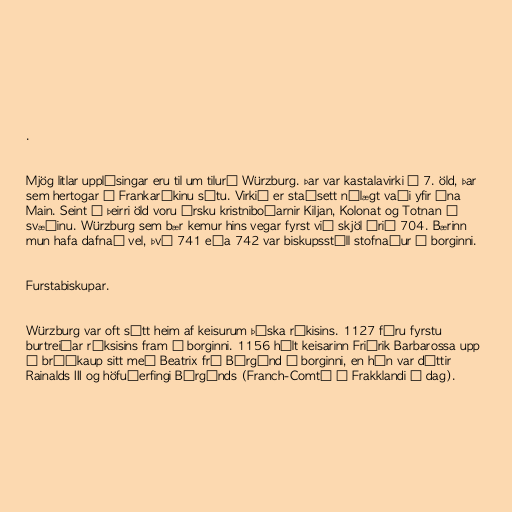
.

Mjög litlar upplýsingar eru til um tilurð Würzburg. Þar var kastalavirki á 7. öld, þar
sem hertogar í Frankaríkinu sátu. Virkið er staðsett nálægt vaði yfir ána
Main. Seint á þeirri öld voru írsku kristniboðarnir Kiljan, Kolonat og Totnan á
svæðinu. Würzburg sem bær kemur hins vegar fyrst við skjöl árið 704. Bærinn
mun hafa dafnað vel, því 741 eða 742 var biskupsstóll stofnaður í borginni.

Furstabiskupar.

Würzburg var oft sótt heim af keisurum þýska ríkisins. 1127 fóru fyrstu
burtreiðar ríksisins fram í borginni. 1156 hélt keisarinn Friðrik Barbarossa upp
á brúðkaup sitt með Beatrix frá Búrgúnd í borginni, en hún var dóttir
Rainalds III og höfuðerfingi Búrgúnds (Franch-Comté í Frakklandi í dag).